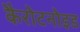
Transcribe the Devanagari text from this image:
कैरोटनोइड